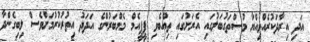
އަދި އިރާދަކުރެއްވިއްޔާ މުސްތަގުބަލުގައި އެރަށުގައި ތިއްބެވި ޕީޕީއެމް މެމްބަރުންގެ އަދަދު އިތުރުކުރުމަށްވެސް ލިބިގެންދާ